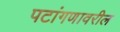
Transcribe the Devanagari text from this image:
पटांगणावरील